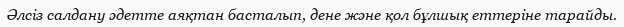
Әлсіз салдану әдетте аяқтан басталып, дене және қол бұлшық еттеріне тарайды.